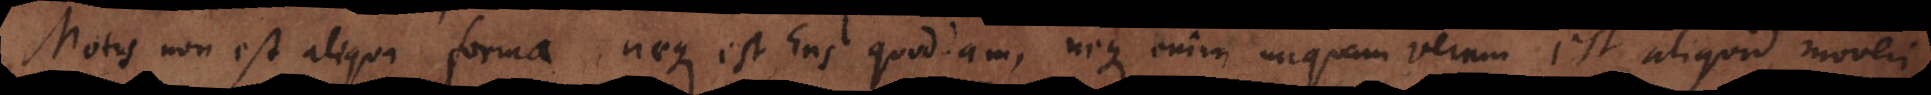
Motus non est aliqua forma, neque est Ens quoddam, neque enim unquam verum est aliquid moveri,